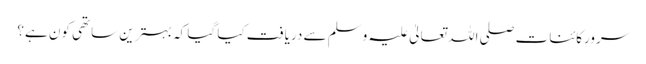
سرورِکائنات صلی اللہ تعالیٰ علیہ وسلم سے دریافت کیا گیا کہ بہترین ساتھی کون ہے؟